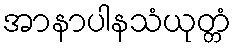
အာနာပါနသံယုတ္တံ